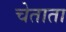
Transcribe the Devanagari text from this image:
चेताता